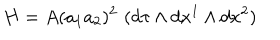
H = A ( a _ { 1 } a _ { 2 } ) ^ { 2 } \, \, ( d \tau \wedge d x ^ { 1 } \wedge d x ^ { 2 } )